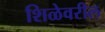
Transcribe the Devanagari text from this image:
शिळेवरील